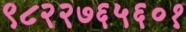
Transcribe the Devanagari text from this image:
९८२२७६५६०१